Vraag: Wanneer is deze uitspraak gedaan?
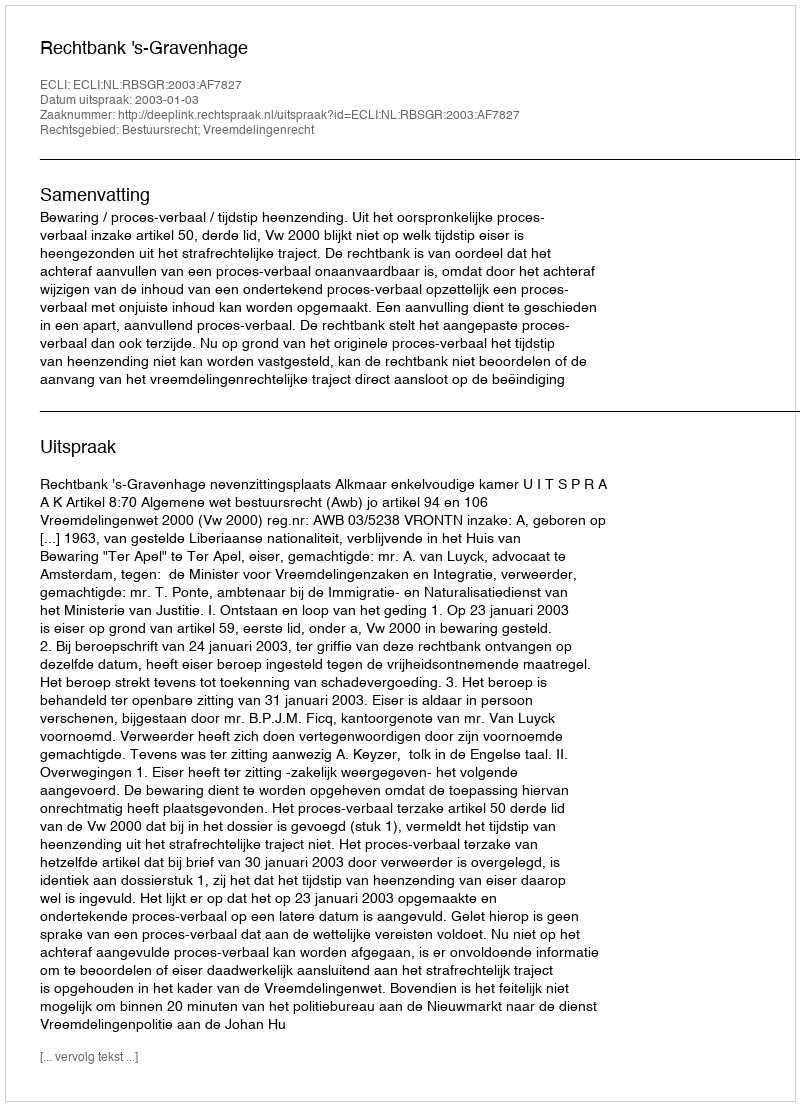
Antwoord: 2003-01-03